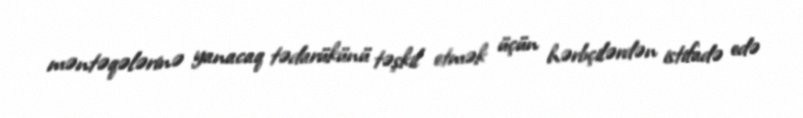
məntəqələrinə yanacaq tədarükünü təşkil etmək üçün hərbçilərdən istifadə edə